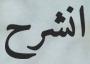
انشرح